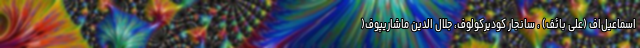
اسماعیل‌اف (علی بائف) ، سانجار کودیرکولوف، جلال‌ الدین ماشاریپوف‌(